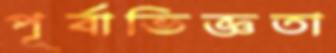
পূর্বাভিজ্ঞতা